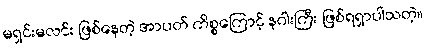
မရှင်းမလင်း ဖြစ်နေတဲ့ အာပတ် ကိစ္စကြောင့် နဂါးကြီး ဖြစ်ရရှာပါသတဲ့။